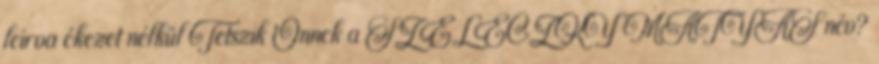
leírva ékezet nélkül Tetszik Önnek a SZELECZKY MÁTYÁS név?